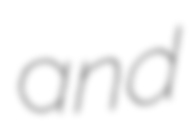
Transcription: and